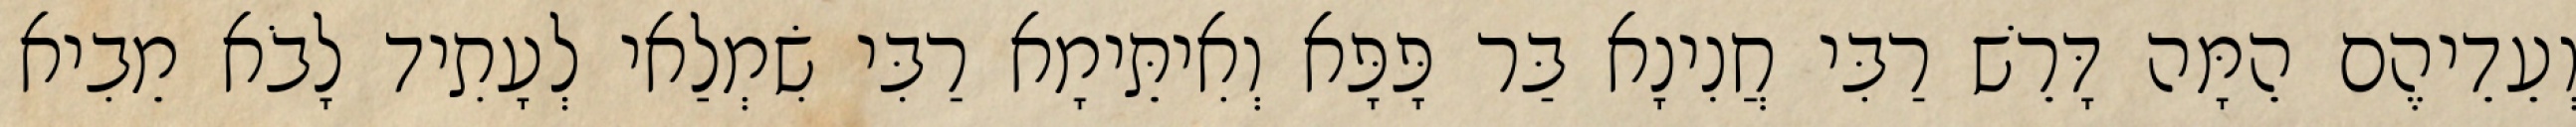
וְעֵדֵיהֶם הֵמָּה דָּרֵשׁ רַבִּי חֲנִינָא בַּר פָּפָּא וְאִיתֵּימָא רַבִּי שִׂמְלַאי לְעָתִיד לָבֹא מֵבִיא